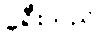
ခရီးသည်